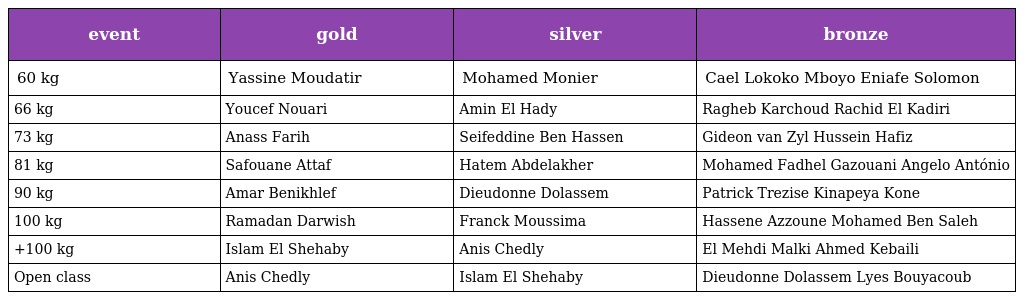
| event | gold | silver | bronze |
 | --- | --- | --- | --- |
 | 60 kg | Yassine Moudatir | Mohamed Monier | Cael Lokoko Mboyo Eniafe Solomon |
 | 66 kg | Youcef Nouari | Amin El Hady | Ragheb Karchoud Rachid El Kadiri |
 | 73 kg | Anass Farih | Seifeddine Ben Hassen | Gideon van Zyl Hussein Hafiz |
 | 81 kg | Safouane Attaf | Hatem Abdelakher | Mohamed Fadhel Gazouani Angelo António |
 | 90 kg | Amar Benikhlef | Dieudonne Dolassem | Patrick Trezise Kinapeya Kone |
 | 100 kg | Ramadan Darwish | Franck Moussima | Hassene Azzoune Mohamed Ben Saleh |
 | +100 kg | Islam El Shehaby | Anis Chedly | El Mehdi Malki Ahmed Kebaili |
 | Open class | Anis Chedly | Islam El Shehaby | Dieudonne Dolassem Lyes Bouyacoub |